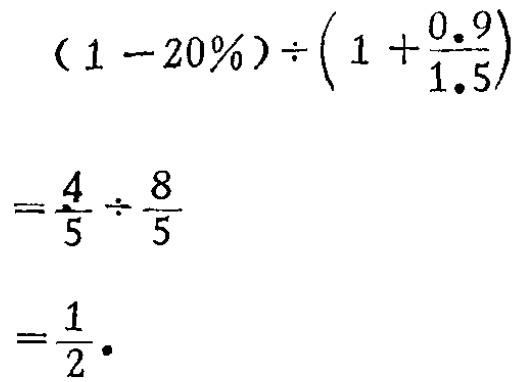
\[
\begin{align*}
&(1 - 20\%)\div\left(1+\frac{0.9}{1.5}\right)\\
=&\frac{4}{5}\div\frac{8}{5}\\
=&\frac{1}{2}
\end{align*}
\]